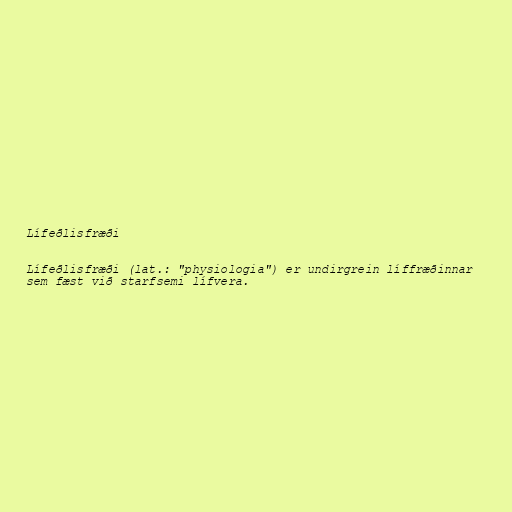
Lífeðlisfræði

Lífeðlisfræði (lat.: "physiologia") er undirgrein líffræðinnar
sem fæst við starfsemi lífvera.